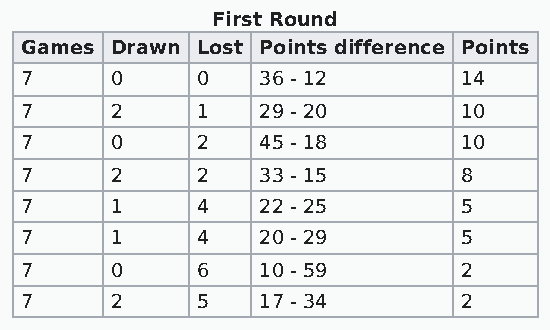
First Round
 Games Drawn Lost Points difference Points
 7     0     0   36 - 12       14
 7     2     1   29 - 20       10
 7     0     2   45 - 18       10
 7     2     2   33 - 15       8
 7     1     4   22 - 25       5
 7     1     4   20 - 29       5
 7     0     6   10 - 59       2
 7     2     5   17 - 34       2